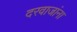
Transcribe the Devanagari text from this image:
दरवाजांना